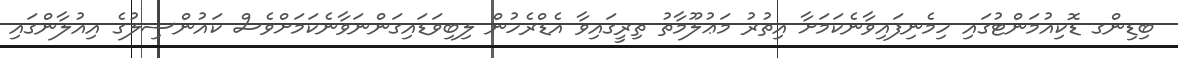
ބިޑިންގ ޑޮކިއުމަންޓުގައި ހިމެނިފައިވާނެކަމަށާ އިތުރު މަޢުލޫމާތު ތިރީގައިވާ އެޑްރެހުން ލިބިވަޑައިގަންނަވާނެކަމަށްވެސް ކައުންސިލުގެ އިއުލާންގައި